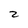
Character: z